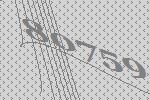
80759